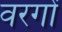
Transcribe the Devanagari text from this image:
वरगों